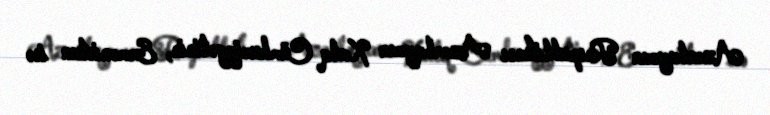
Azərbaycan Respublikası Azərbaycan Xalq Cümhuriyyətinin, Ermənistan isə